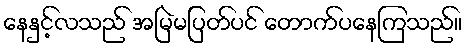
နေနှင့်လသည် အမြဲမပြတ်ပင် တောက်ပနေကြသည်။